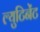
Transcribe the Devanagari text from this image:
ल्युटिनेंट